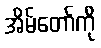
အိမ်တော်ကို